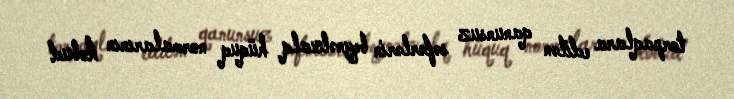
torpaqlara edilən qanunsuz səfərlərin beynəlxalq hüquq normalarının kobud